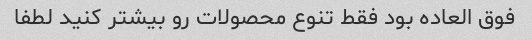
فوق العاده بود فقط تنوع محصولات رو بیشتر کنید لطفا